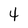
Character: 4